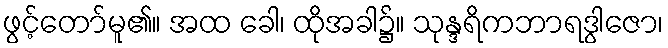
ဖွင့်တော်မူ၏။ အထ ခေါ၊ ထိုအခါ၌။ သုန္ဒရိကဘာရဒွါဇော၊